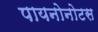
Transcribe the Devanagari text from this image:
पायनोनोटस